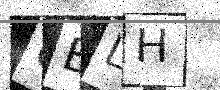
Text: UBLH